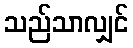
သည်သာလျှင်